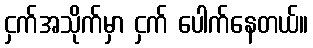
ငှက်အသိုက်မှာ ငှက် ပေါက်နေတယ်။